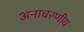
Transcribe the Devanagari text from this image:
अनाचरणीय